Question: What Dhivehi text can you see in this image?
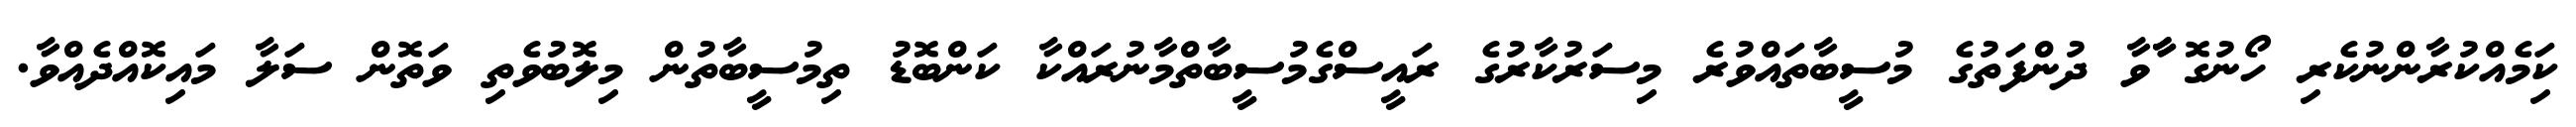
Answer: ކިަމެއްކުރާންނުކެރި ހޯނުގޮ ާާވާ ދުންފަތުގެ މުސީބާތައްވުރެ މިސަރުކާރުގެ ރައީސްގެމުސީބާތްމާނުރައްކާ ކަންބޮޑު ތިމުސީބާތުން މިލޮބުވެތި ވަތޮން ސަލާ މައިކޮއްދެއްވާ.